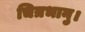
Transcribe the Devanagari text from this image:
चित्रभानु।